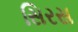
સિરસ